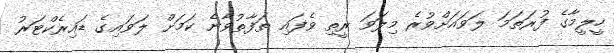
ހީލީމާގެ ފުރަތަމަ ލަވައަށްވުރެ މިލަވަ ރީތި ވެފައި ތަފާތުވާނެ ކަމަށް ލަވައިގެ ޑައިރެކްޓަރު